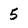
Character: 5